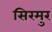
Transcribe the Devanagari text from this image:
सिरमुर